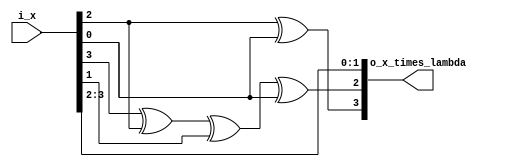
module gf_2to4_multiplier_with_constant_lambda
#(
    // PARAMETERS
    parameter                                     NB_DATA = 4    // [HINT] Works only if value is 4
)
(
    // OUTPUTS.
    output          wire      [NB_DATA-1:0]       o_x_times_lambda,
    // INPUTS.
    input           wire      [NB_DATA-1:0]       i_x
) ;

    // QUICK_INSTANCE: BEGIN
    /*
    gf_2to4_multiplier_with_constant_lambda
    #(
        .NB_DATA            (  )    // [HINT] Works only if value is 4
    )
    u_gf_2to4_multiplier_with_constant_lambda
    (
        .o_x_times_lambda   (  ),
        .i_x                (  )
    );
    */ // QUICK_INSTANCE: END

    // ALGORITHM BEGIN
    assign o_x_times_lambda[3]     =              i_x[2] ^            i_x[0]  ;
    
    assign o_x_times_lambda[2]     =    i_x[3] ^  i_x[2] ^  i_x[1] ^  i_x[0]  ;
    
    assign o_x_times_lambda[1]     =    i_x[3]                                ;
    
    assign o_x_times_lambda[0]     =              i_x[2]                      ;

endmodule // gf_2to4_multiplier_with_constant